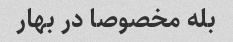
بله مخصوصا در بهار